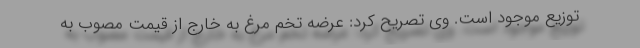
توزیع موجود است. وی تصریح کرد: عرضه تخم مرغ به خارج از قیمت مصوب به